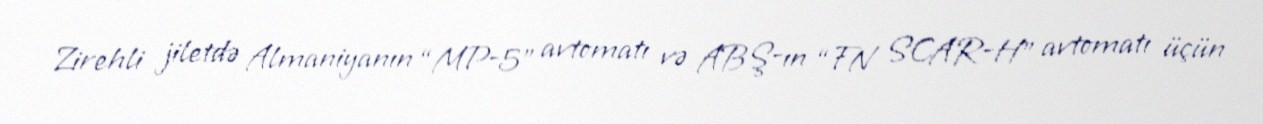
Zirehli jiletdə Almaniyanın “MP-5” avtomatı və ABŞ-ın “FN SCAR-H” avtomatı üçün